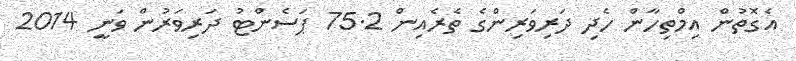
އެގޮތުން އިމްތިހާން ހެދި ދަރިވަރިންގެ ތެރެއިން 75.2 ޕަސެންޓު ދަރިވަރުން ވަނީ 2014